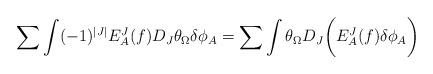
LaTeX: \begin{align*}\sum\int (-1)^{|J|}E^J_A(f)D_J\theta_{\Omega}\delta\phi_A=\sum\int \theta_{\Omega}D_J\biggl( E^J_A(f)\delta\phi_A\biggr)\end{align*}